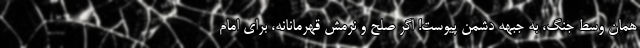
همان وسط جنگ، به جبهه دشمن پیوست! اگر صلح و نرمش قهرمانانه، برای امام